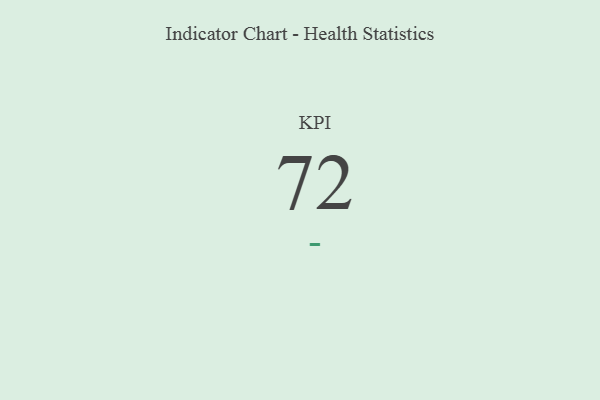
{"axis": {"x": "KPI", "y": "Value"}, "legend": [""], "data": [{"x": "KPI", "y": 72, "type": ""}]}